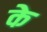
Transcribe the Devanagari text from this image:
के